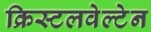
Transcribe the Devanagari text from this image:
क्रिस्टलवेल्टेन